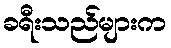
ခရီးသည်များက